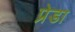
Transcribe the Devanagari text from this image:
प्रेडा